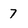
Character: 7